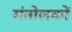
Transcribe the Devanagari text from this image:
संतोलकों